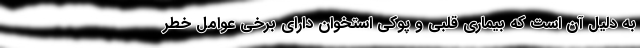
به دلیل آن است که بیماری قلبی و پوکی استخوان دارای برخی عوامل خطر